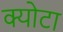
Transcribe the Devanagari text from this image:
क्योटा